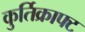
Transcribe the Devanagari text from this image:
कुर्तिक्राफ्ट